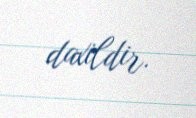
daxildir.